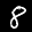
Label: 8